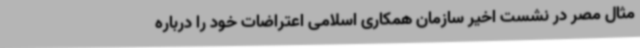
مثال مصر در نشست اخیر سازمان همکاری اسلامی اعتراضات خود را درباره